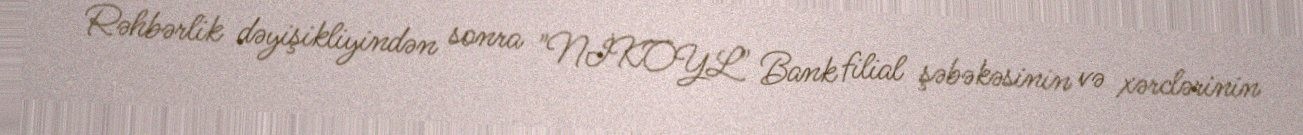
Rəhbərlik dəyişikliyindən sonra "NİKOYL" Bank filial şəbəkəsinin və xərclərinin